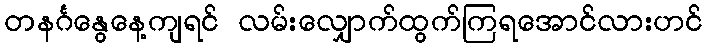
တနင်္ဂနွေနေ့ကျရင် လမ်းလျှောက်ထွက်ကြရအောင်လားဟင်